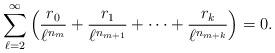
LaTeX: \begin{gather*}\sum_{\ell=2}^\infty\left(\frac{r_0}{\ell^{n_m}}+\frac{r_1}{\ell^{n_{m+1}}}+\dots+\frac{r_k}{\ell^{n_{m+k}}}\right)=0.\end{gather*}